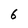
Character: 6